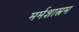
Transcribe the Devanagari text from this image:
मर्मशास्त्रम